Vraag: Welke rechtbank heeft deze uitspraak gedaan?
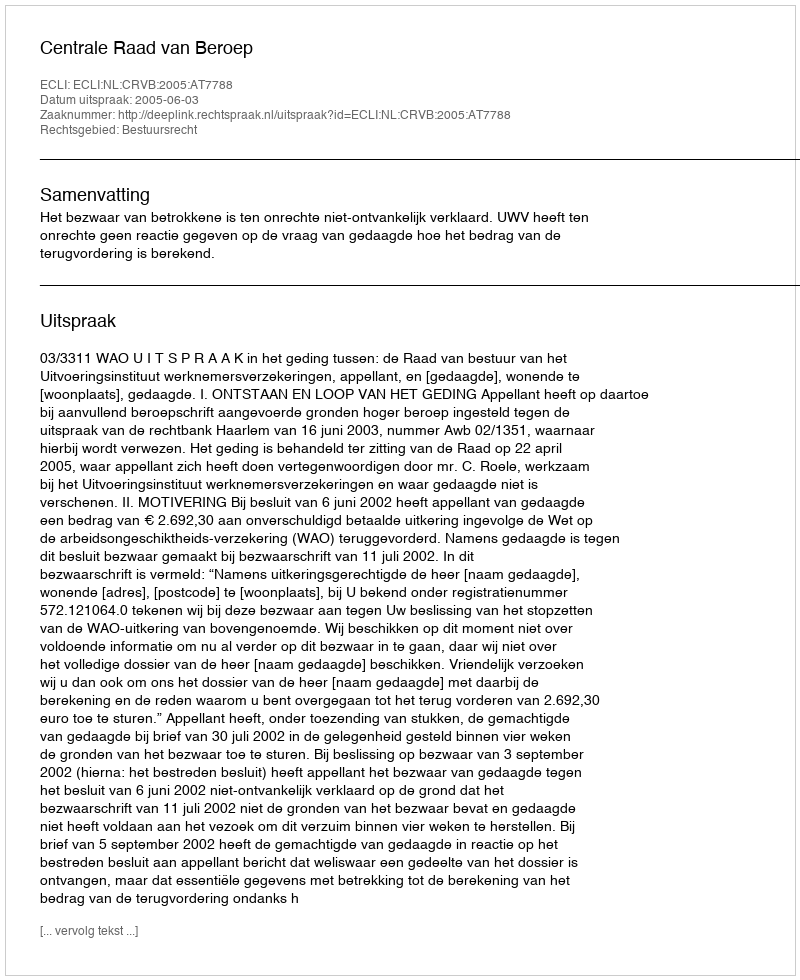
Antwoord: Centrale Raad van Beroep